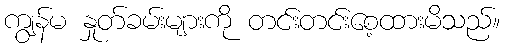
ကျွန်မ နှုတ်ခမ်းများကို တင်းတင်းစေ့ထားမိသည်။